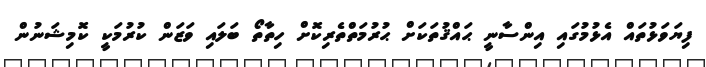
ފިޔަވަޅުތައް އެޅުމުގައި އިންސާނީ ޙައްޤުތަކަށް ޙުރުމަތްތެރިކޮށް ހިތާތޯ ބަލައި ވަޒަން ކުރުމަކީ ކޮމިޝަނުން